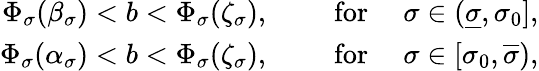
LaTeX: \begin{array}{r}{\Phi_{\sigma}(\beta_{\sigma})<b<\Phi_{\sigma}(\zeta_{\sigma}),\qquad\mathrm{~for~}\quad\sigma\in(\underline{\sigma},\sigma_{0}],}\\ {\Phi_{\sigma}(\alpha_{\sigma})<b<\Phi_{\sigma}(\zeta_{\sigma}),\qquad\mathrm{~for~}\quad\sigma\in[\sigma_{0},\overline{\sigma}),}\end{array}